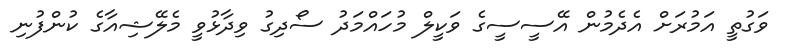
ވަގުތީ އަމުރަށް އެދެމުން އޭސީސީގެ ވަކީލް މުހައްމަދު ސޯދިގު ވިދާޅުވީ މެލޭޝިއާގެ ކުންފުނި